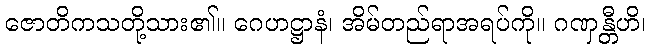
ဇောတိကသတို့သား၏။ ဂေဟဋ္ဌာနံ၊ အိမ်တည်ရာအရပ်ကို။ ဂဏှန္တီဟိ၊